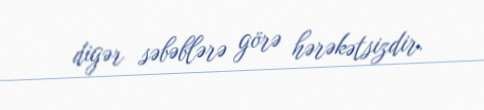
digər səbəblərə görə hərəkətsizdir.